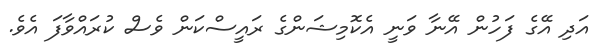
އަދި އޭގެ ފަހުން އޭނާ ވަނީ އެކޮމިޝަންގެ ރައީސްކަން ވެސް ކުރައްވާފަ އެވެ.